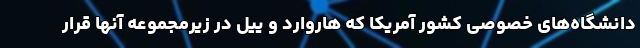
دانشگاه‌های خصوصی کشور آمریکا که هاروارد و ییل در زیرمجموعه آنها قرار